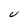
Character: u